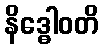
နိဒ္ဓေါဝတိ